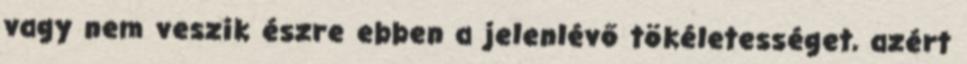
vagy nem veszik észre ebben a jelenlévő tökéletességet, azért